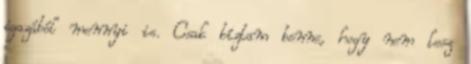
igazából mennyi is. Csak bíztam benne, hogy nem lesz